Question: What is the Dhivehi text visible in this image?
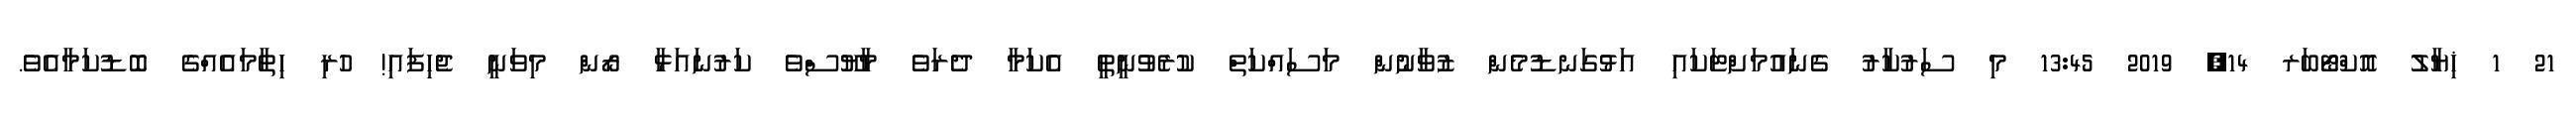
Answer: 21 1 ޚިޔާލު އޮކްޓޯބަރ 14, 2019 13:45 މި ސަރުކާރު ގެނައުމަށްޓަކައި އަޅުގަނޑުމެން ޒުވާނުން މަސައްކަތް ކުރެވުނީތީ އެކަމާ ދެރަވެ މާޔޫސްވެ ކަރުނައަޅާ ރޯން މިވަނީ ޖެހިފައި! ހުރި ހިތާމައެއްގެ ބޮޑުކަމާއެވެ.